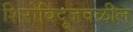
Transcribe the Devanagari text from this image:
शिरोबिंदूजवळील